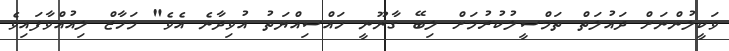
ވަކީލުންނަށް ދައުލަތް ތަމްސީލުކުރުމަށް ލިބޭ ގާނޫނީ ހައްސިއްޔަތު އުވިދާނެ އެވެ" މަހާޒް ލިއުއްވާފައިވެ